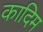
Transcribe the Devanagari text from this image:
कादिम